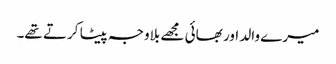
میرے والد اور بھائی مجھے بلاوجہ پیٹا کرتے تھے۔